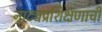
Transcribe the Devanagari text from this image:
नाट्यप्रशिक्षणाची